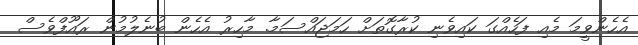
އެހެންވީމަ މެއި ފަހެއްގަ ކައިވެނި ކުރާގޮތަށް ހަމަޖައްސަމާ. މާހިރު އެހެން ބުނެލުމުން ރައޫފްވެސް